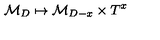
\mathcal { M } _ { D } \mapsto \mathcal { M } _ { D - x } \times T ^ { x }